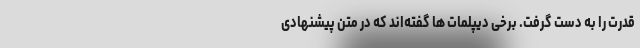
قدرت را به دست گرفت. برخی دیپلمات ها گفته‌اند که در متن پیشنهادی